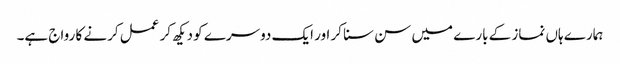
ہمارے ہاں نماز کے بارے میں سن سنا کر اور ایک دوسرے کو دیکھ کر عمل کرنے کا رواج ہے۔